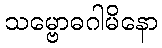
သမ္ဗောဓဂါမိနော